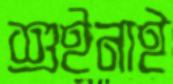
শুইনাই